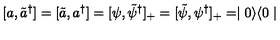
[ a , \tilde { a } ^ { \dagger } ] = [ \tilde { a } , a ^ { \dagger } ] = [ \psi , \tilde { \psi } ^ { \dagger } ] _ { + } = [ \tilde { \psi } , \psi ^ { \dagger } ] _ { + } = \mid 0 \rangle \langle 0 \mid